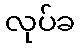
လုပ်ခ